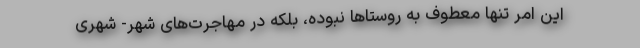
این امر تنها معطوف به روستاها نبوده، بلکه در مهاجرت‌های شهر- شهری